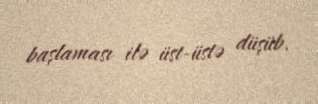
başlaması ilə üst-üstə düşüb.